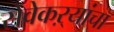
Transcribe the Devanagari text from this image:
सेवेकऱ्यांचा